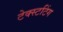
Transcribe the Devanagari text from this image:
टेक्स्टटिंग